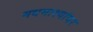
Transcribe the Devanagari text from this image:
मधमाश्यांवर